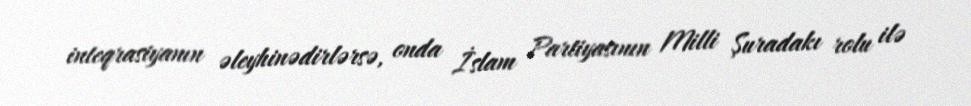
inteqrasiyanın əleyhinədirlərsə, onda İslam Partiyasının Milli Şuradakı rolu ilə